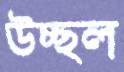
উচ্ছল